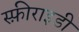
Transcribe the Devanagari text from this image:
स्फ़ीराइडी